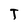
Character: T